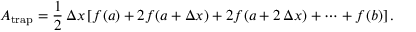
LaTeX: A _ { \mathrm { t r a p } } = { \frac { 1 } { 2 } } \, \Delta x \left[ f ( a ) + 2 f ( a + \Delta x ) + 2 f ( a + 2 \, \Delta x ) + \cdots + f ( b ) \right] .